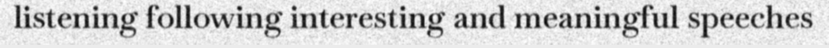
listening following interesting and meaningful speeches